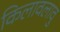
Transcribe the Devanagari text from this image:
किलावलावु